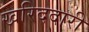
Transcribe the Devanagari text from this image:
खरिददारी